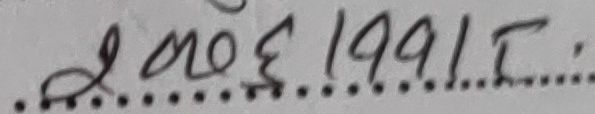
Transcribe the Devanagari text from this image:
2 ने६। 1991 ई.